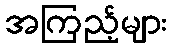
အကြည့်များ